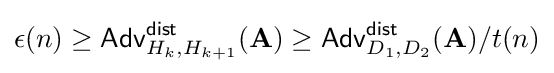
\epsilon (n)\geq {\mathsf {Adv}}_{H_{k},H_{k+1}}^{\mathsf {dist}}(\mathbf {A} )\geq {\mathsf {Adv}}_{D_{1},D_{2}}^{\mathsf {dist}}(\mathbf {A} )/t(n)